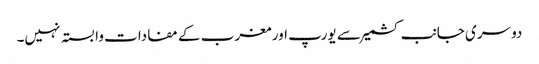
دوسری جانب کشمیر سے یورپ اور مغرب کے مفادات وابستہ نہیں۔